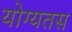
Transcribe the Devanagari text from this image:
योग्यतस